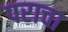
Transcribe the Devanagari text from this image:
पराचा